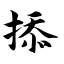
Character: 掭